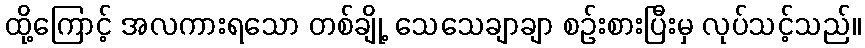
ထို့ကြောင့် အလကားရသော တစ်ချို့ သေသေချာချာ စဉ်းစားပြီးမှ လုပ်သင့်သည်။